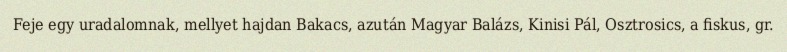
Feje egy uradalomnak, mellyet hajdan Bakacs, azután Magyar Balázs, Kinisi Pál, Osztrosics, a fiskus, gr.